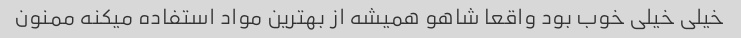
خیلی خیلی خوب بود واقعا شاهو همیشه از بهترین مواد استفاده میکنه ممنون